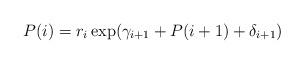
LaTeX: \begin{align*} P(i)=r_{i}\exp(\gamma_{i+1}+P(i+1)+\delta_{i+1}) \end{align*}